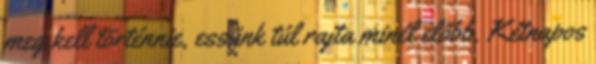
meg kell történnie, essünk túl rajta minél előbb. Kétnapos